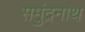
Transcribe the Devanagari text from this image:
समुंद्रनाथ